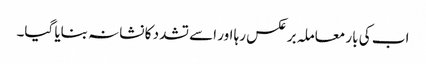
اب کی بار معاملہ برعکس رہا اور اسے تشدد کا نشانہ بنایا گیا۔